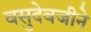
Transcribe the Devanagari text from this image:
वसुदेवजीने